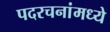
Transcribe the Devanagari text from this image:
पदरचनांमध्ये